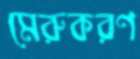
মেরুকরণ